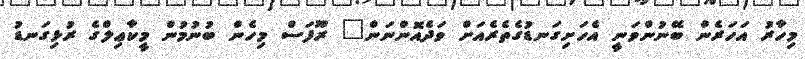
މިހާރު އަހަރެން ބޭނުންވަނީ އެހަށިގަނޑުގެތެރެއަށް ވަދެއޮންނަން" ރޫފަސް މިހެން ބުނުމުން މީކާޢިލްގެ ރުޅިގަނޑު